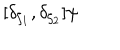
LaTeX: [ \delta _ { \zeta _ { 1 } } , \delta _ { \zeta _ { 2 } } ] \psi